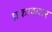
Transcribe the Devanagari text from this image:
प्रकाशधर